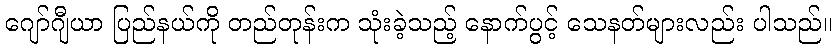
ဂျော်ဂျီယာ ပြည်နယ်ကို တည်တုန်းက သုံးခဲ့သည့် နောက်ပွင့် သေနတ်များလည်း ပါသည်။